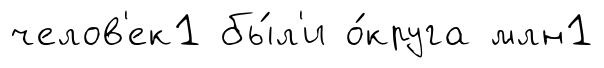
челов'ек1 бы́л'и о́круга млн1